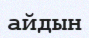
айдын